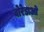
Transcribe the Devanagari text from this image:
वोरेडाओं